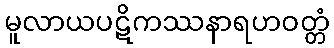
မူလာယပဋိကဿနာရဟဝတ္တံ